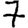
Digit: 7